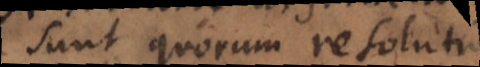
sunt quorum resolutio